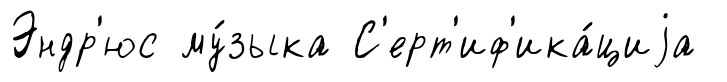
Эндр'юс му́зыка С'ерт'иф'ика́циjа